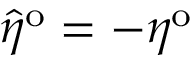
\hat { \eta } ^ { \mathrm { o } } = - \eta ^ { \mathrm { o } }